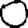
Digit: 0